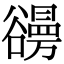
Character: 𧯐